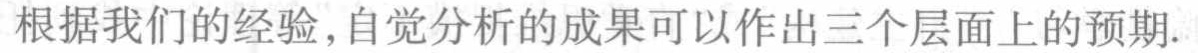
根据我们的经验,自觉分析的成果可以作出三个层面上的预期.